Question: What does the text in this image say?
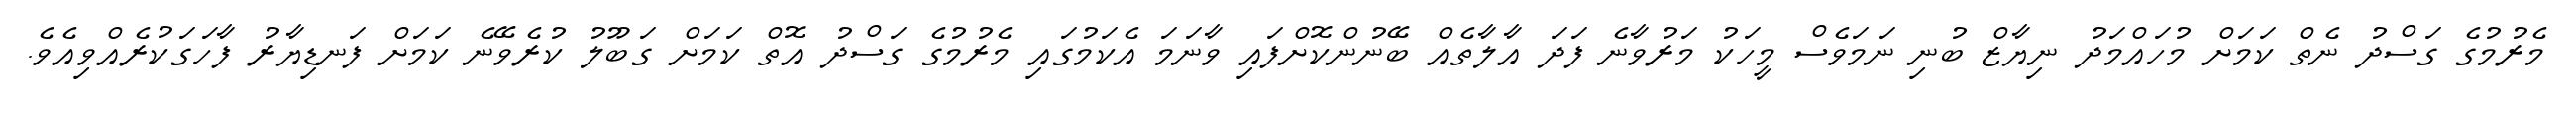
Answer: މެރުމުގެ ގަސްދު ނެތް ކަމަށް މުހައްމަދު ނިޔާޒް ބުނި ނަމަވެސް މީހަކު މަރުވާނެ ފަދަ އާލާތެއް ބޭނުންކޮށްފައި ވާނަމަ އެކަމުގައި މެރުމުގެ ގަސްދު އޮތް ކަމަށް ގަބޫލު ކުރެވޭނެ ކަމަށް ފަނޑިޔާރު ފާހަގަކުރެއްވިއެވެ.